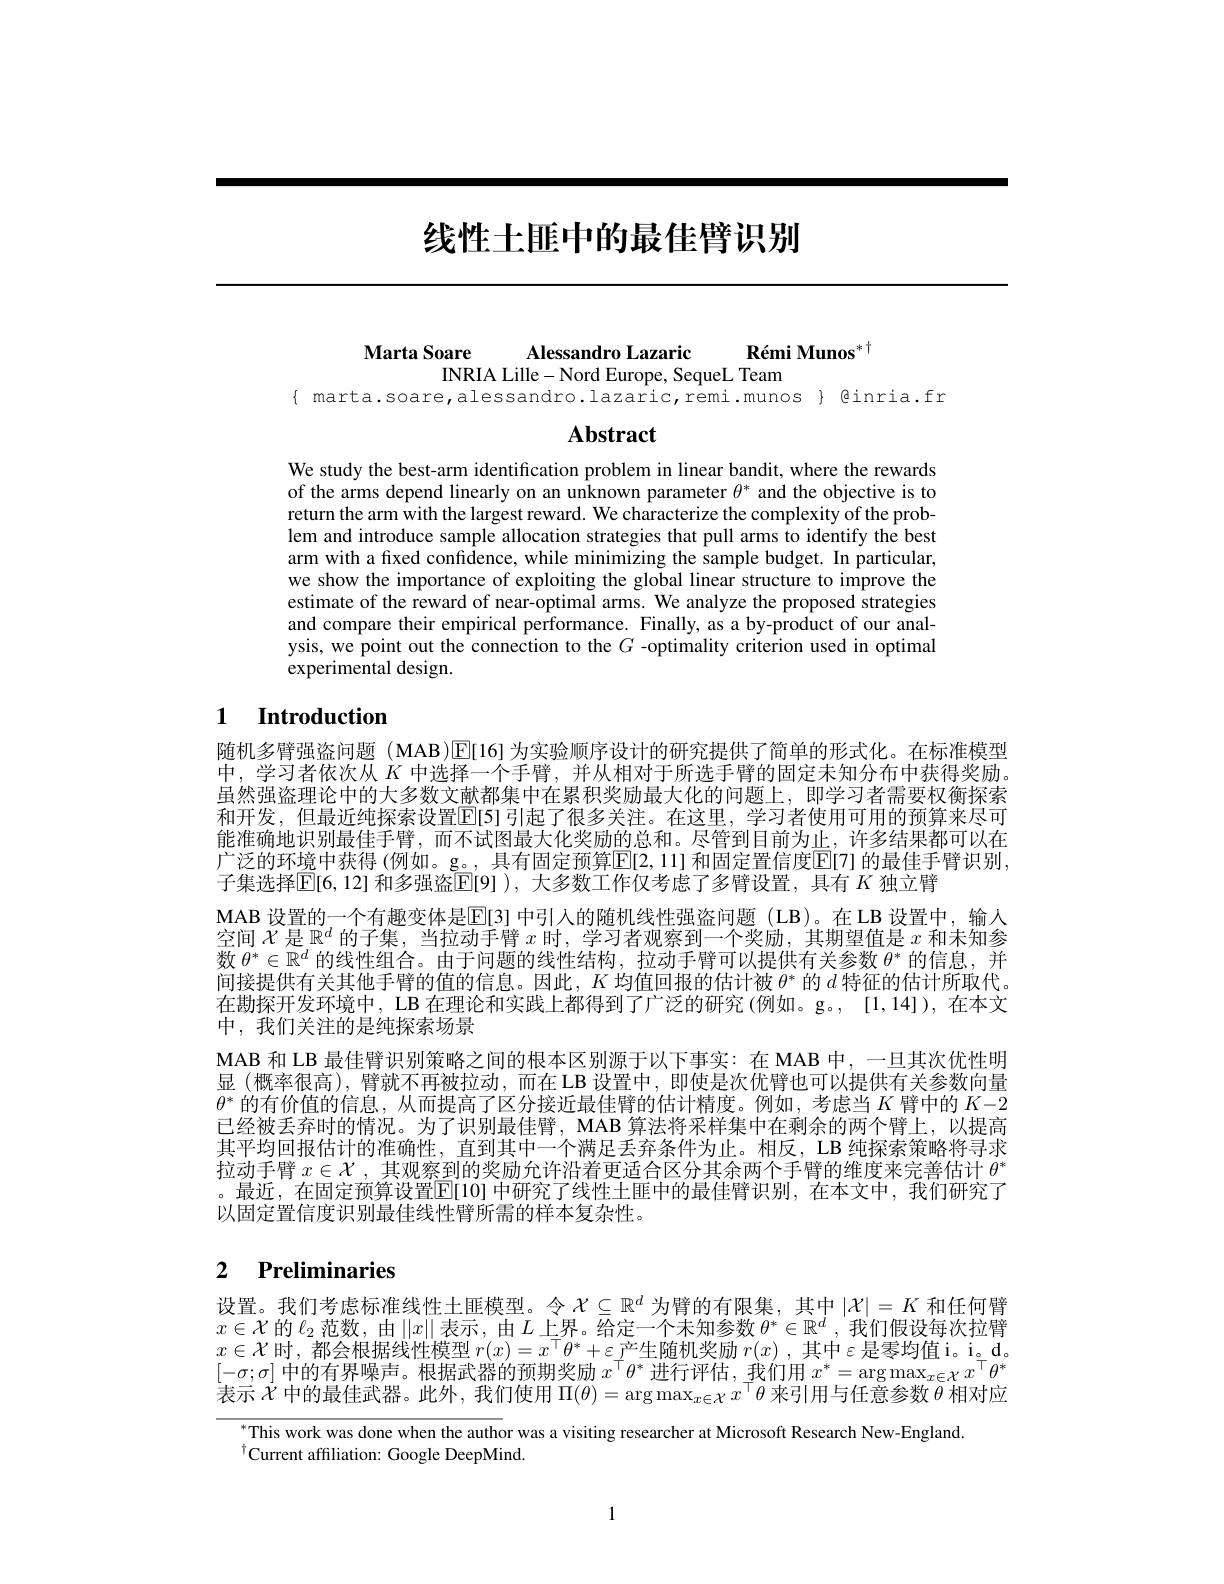
# 线性土匪中的最佳臂识别

Marta Soare Alessandro Lazaric Rémi Munos$^{*\dagger}$
INRIA Lille- Nord Europe, SequeL Team
$\{ marta.soare, alessandro. lazaric, remi.munos @inria.fr$

## $\mathbf{Abstract}$

We study the best-arm identification problem in linear bandit, where the rewards of the arms depend linearly on an unknown parameter $\theta^*$ and the objective is to return the arm with the largest reward. We characterize the complexity of the problem and introduce sample allocation strategies that pull arms to identify the best arm with a fixed confidence, while minimizing the sample budget. In particular, we show the importance of exploiting the global linear structure to improve the estimate of the reward of near-optimal arms. We analyze the proposed strategies and compare their empirical performance. Finally, as a by-product of our analysis, we point out the connection to the $G$ -optimality criterion used in optimal experimental design.

## 1 Introduction

随机多臂强盗问题 (MAB)E[16]为实验顺序设计的研究提供了简单的形式化。在标准模型中，学习者依次从$K$中选择一个手臂，并从相对于所选手臂的固定未知分布中获得奖励。虽然强盗理论中的大多数文献都集中在累积奖励最大化的问题上，即学习者需要权衡探索和开发，但最近纯探索设置$\overline{\mathbb{E}}[5]$ 引起了很多关注。在这里，学习者使用可用的预算来尽可能准确地识别最佳手臂，而不试图最大化奖励的总和。尽管到目前为止，许多结果都可以在广泛的环境中获得 (例如。g。, 具有固定预算E[2,11] 和固定置信度[E[7] 的最佳手臂识别， 子集选择$\mathbb{E}[6,12]$ 和多强盗$\mathbb{E}[9])$, 大多数工作仅考虑了多臂设置，具有 $K$ 独立臂
MAB 设置的一个有趣变体是$\overline{\mathbb{E}}[3]$ 中引入的随机线性强盗问题 (LB)。在 LB 设置中，输人空间$\mathcal{X}$是$\mathbb{R}^d$的子集，当拉动手臂$x$时，学习者观察到一个奖励，其期望值是$x$和未知参数$\theta^*\in\mathbb{R}^d$的线性组合。由于问题的线性结构，拉动手臂可以提供有关参数$\theta^*$的信息，并间接提供有关其他手臂的值的信息。因此，$K$均值回报的估计被$\theta^*$的$d$特征的估计所取代。在勘探开发环境中，LB 在理论和实践上都得到了广泛的研究(例如。g。, [1,14]), 在本文中，我们关注的是纯探索场景
MAB 和 LB 最佳臂识别策略之间的根本区别源于以下事实：在 MAB 中，一旦其次优性明显(概率很高),臂就不再被拉动，而在 LB 设置中，即使是次优臂也可以提供有关参数向量$\theta^*$的有价值的信息，从而提高了区分接近最佳臂的估计精度。例如，考虑当$K$臂中的$K-2$ 已经被丢弃时的情况。为了识别最佳臂，MAB 算法将采样集中在剩余的两个臂上，以提高其平均回报估计的准确性，直到其中一个满足丢弃条件为止。相反，LB 纯探索策略将寻求拉动手臂$x\in\mathcal{X}$,其观察到的奖励允许沿着更适合区分其余两个手臂的维度来完善估计$\theta^*$ 。最近，在固定预算设置$\overline{\mathbb{E}}[10]$ 中研究了线性土匪中的最佳臂识别，在本文中，我们研究了以固定置信度识别最佳线性臂所需的样本复杂性。

## 2 $\textbf{Preliminaries}$

设置。我们考虑标准线性土匪模型。令$\mathcal{X}\subseteq\mathbb{R}^d$为臂的有限集，其中$|\mathcal{X}|=K$和任何臂$x\in\mathcal{X}$ 的 $\ell_2$ 范数，由$\left\|x\right\|$表示，由$L$ 上界。给定一个未知参数 $\theta^*\in\mathbb{R}^d$, 我们假设每次拉臂$x\in\mathcal{X}$时，都会根据线性模型 $r(x)=x^\top\theta^*+\varepsilon$产生随机奖励 $r(x)$, 其中$\varepsilon$是零均值i。i。d。$[-\sigma;\sigma]$中的有界噪声。根据武器的预期奖励$x^\top\theta^*$进行评估，我们用$x^*=\arg\max_{x\in\mathcal{X}}x^\top\theta^*$ 表示$\dot{\chi}$中的最佳武器。此外，我们使用$\Pi ( \theta ) = \arg \max _x\in \mathcal{X} x^\top \theta \bar {\text{ 来 引 用 与 任 意 参 数 }\theta }$相对应

$^{*}$This work was done when the author was a visiting researcher at Microsoft Research New-England
$^{\dagger}$Current affiliation: Google DeepMind.

1